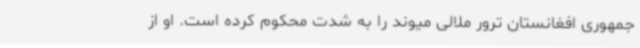
جمهوری افغانستان ترور ملالی میوند را به شدت محکوم کرده است. او از